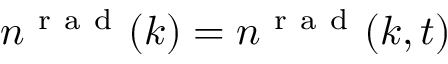
n ^ { \mathrm { ~ r ~ a ~ d ~ } } ( k ) = n ^ { \mathrm { ~ r ~ a ~ d ~ } } ( k , t )